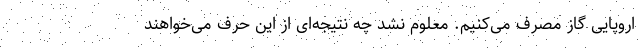
اروپایی گاز مصرف می‌کنیم. معلوم نشد چه نتیجه‌ای از این حرف می‌خواهند